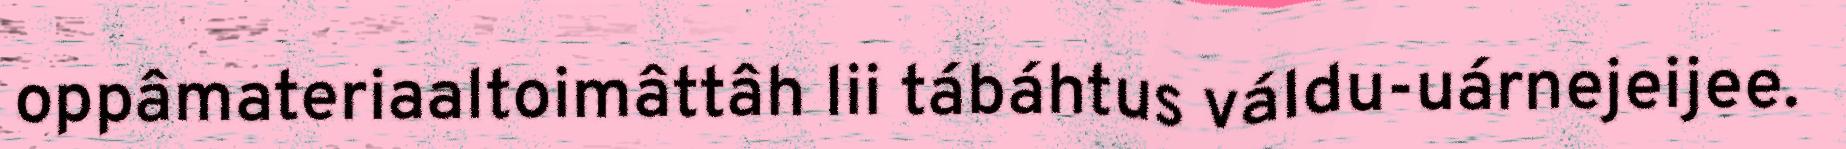
oppâmateriaaltoimâttâh lii tábáhtus váldu-uárnejeijee.